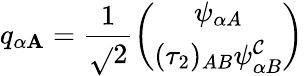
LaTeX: q_{\alpha\mathbf{A}}=\frac{{1}}{{\sqrt{}{{2}}}}\left(\begin{array}{c}{{\psi_{\alpha A}}}\\ {{(\tau_{2})_{AB}\psi_{\alpha B}^{\cal C}}}\end{array}\right)